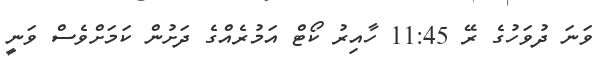
ވަނަ ދުވަހުގެ ރޭ 11:45 ހާއިރު ކޯޓް އަމުރެއްގެ ދަށުން ކަމަށްވެސް ވަނީ